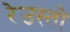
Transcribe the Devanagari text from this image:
रेउस्तो